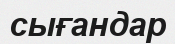
сығандар